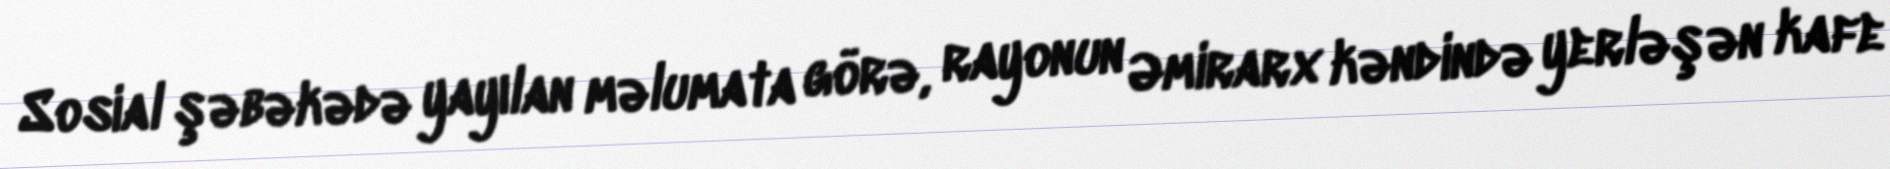
Sosial şəbəkədə yayılan məlumata görə, rayonun Əmirarx kəndində yerləşən kafe